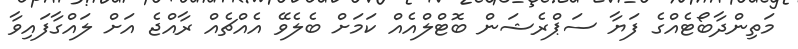
މަތިންދާބޯޓެއްގެ ފަޔާ ސަޕްރެޝަން ބޮޓްލްއެއް ކަމަށް ބެލެވޭ އެއްޗެއް ރާއްޖެ އަށް ލައްގާފައިވާ